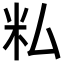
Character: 𬖎